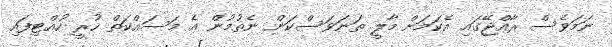
ނަމަވެސް ރާއްޖޭގައި އެކަމަށް މާލީ ތަނަވަސްކަން ނެތުމުން އެ މަސައްކަތް ހުރީ ހުއްޓިފައި